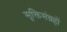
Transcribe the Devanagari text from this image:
सूक्तिसंग्रहों